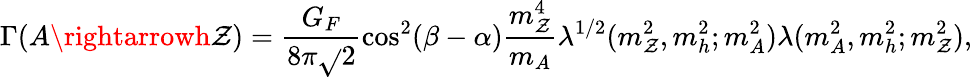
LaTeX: \Gamma(A\rightarrowh\mathcal{Z})=\frac{{G_{F}}}{{8\pi\sqrt{}{2}}}\cos^{2}(\beta-\alpha)\frac{{m_{\mathcal{Z}}^{4}}}{{m_{A}}}\lambda^{1/2}(m_{\mathcal{Z}}^{2},m_{h}^{2};m_{A}^{2})\lambda(m_{A}^{2},m_{h}^{2};m_{\mathcal{Z}}^{2}),